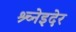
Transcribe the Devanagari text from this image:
श्र्च्नेइदेर